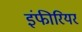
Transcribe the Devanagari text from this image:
इंफीरियर